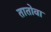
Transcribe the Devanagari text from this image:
तातोवा